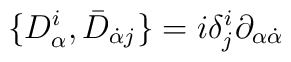
\{D^{i}_\alpha,\bar D_{\dot\alpha j}\} = i\delta^i_j \partial_{\alpha\dot\alpha}